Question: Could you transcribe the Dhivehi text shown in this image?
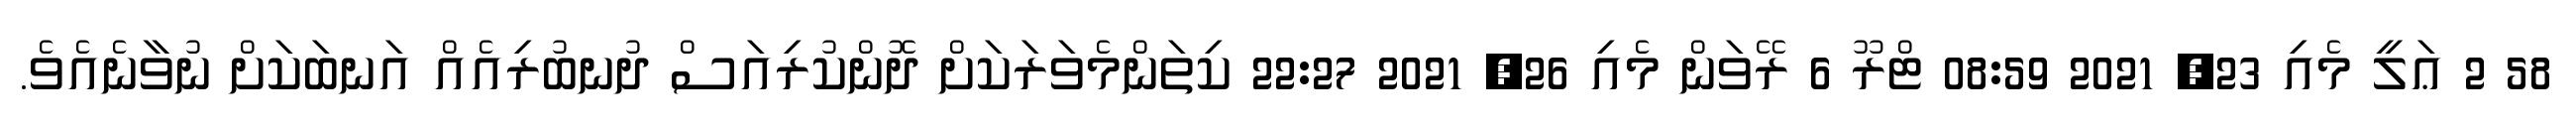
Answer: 58 2 ޢަލީ މެއި 23, 2021 08:59 ޓްރޫ 6 ރޭވަން މެއި 26, 2021 22:27 ކިތަންމެވަރަކަށް ދޮންކުރިއަސް ދުނބުރިއެއް އަނބަކަށް ނުވާނެއެވެ.